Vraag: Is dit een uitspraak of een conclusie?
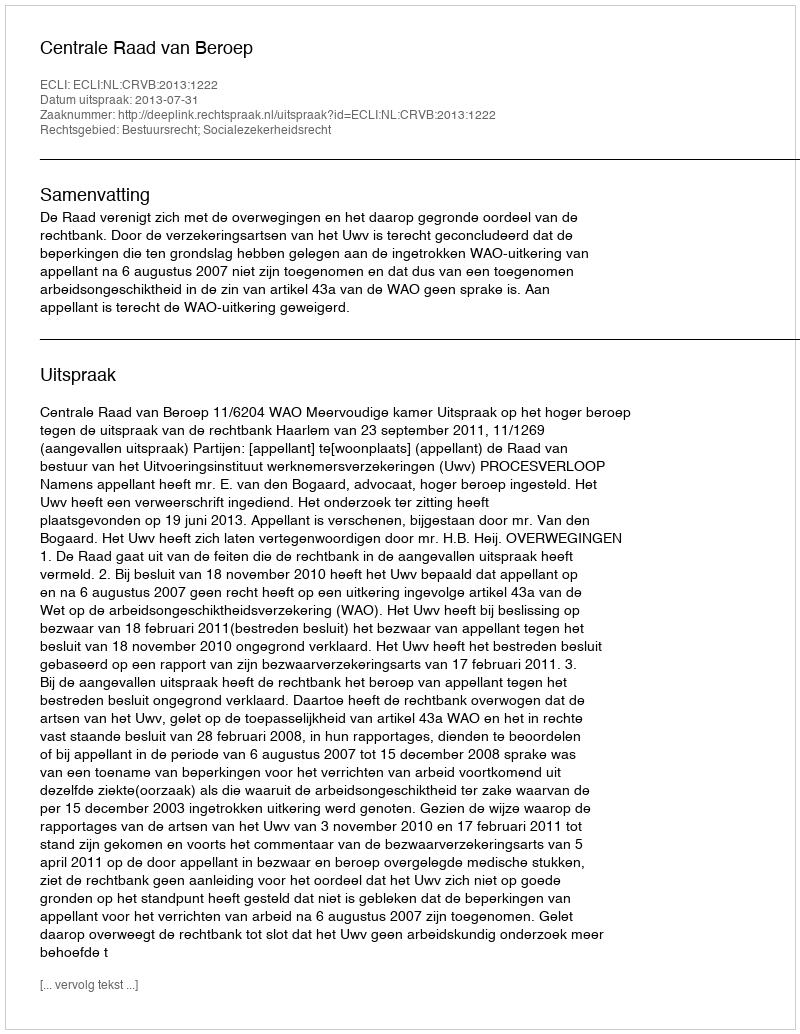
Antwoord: Uitspraak